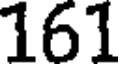
161